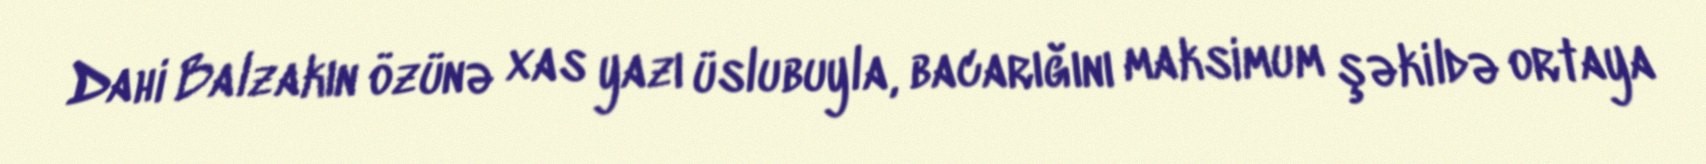
Dahi Balzakın özünə xas yazı üslubuyla, bacarığını maksimum şəkildə ortaya